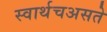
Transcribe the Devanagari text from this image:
स्वार्थचअसते